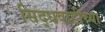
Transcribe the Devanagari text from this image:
सिद्धवाडीच्या